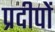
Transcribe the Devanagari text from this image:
प्रदीपों